Indian journal of veterinary science and animal husbandry - Volumes 28-29, 1958-1959
Year: 1958
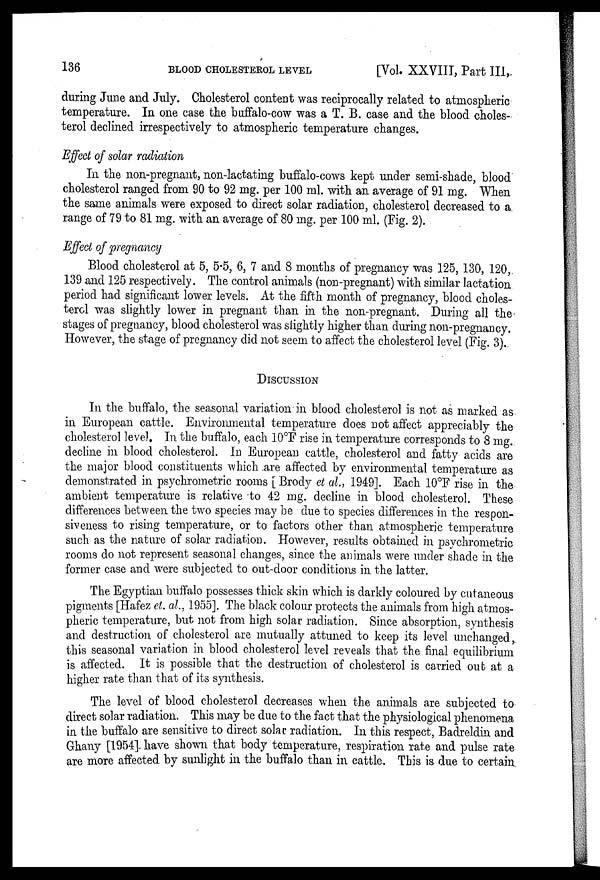
136
BLOOD
CHOLESTROL
LEVEL
[Vol. XXVIII, Part III,
during June and July. Cholesterol content was reciprocally related to atmospheric
temperature. In one case the buffalo-cow was a T. B. case and the blood choles-
terol declined irrespectively to atmospheric temperature changes.
Effect of solar radiation
In the non-pregnant, non-lactating buffalo-cows kept under semi-shade, blood
cholesterol ranged from 90 to 92 mg. per 100 ml. with an average of 91 mg. When
the same animals were exposed to direct solar radiation, cholesterol decreased to a
range of 79 to 81 mg. with an average of 80 mg. per 100 ml. (Fig. 2).
Effect of pregnancy
Blood cholesterol at 5, 5.5, 6, 7 and 8 months of pregnancy was 125, 130, 120,
139 and 125 respectively. The control animals (non-pregnant) with similar lactation
period had significant lower levels. At the fifth month of pregnancy, blood choles-
terol was slightly lower in pregnant than in the non-pregnant. During all the
stages of pregnancy, blood cholesterol was slightly higher than during non-pregnancy.
However, the stage of pregnancy did not seem to affect the cholesterol level (Fig. 3).
DISCUSSION
In the buffalo, the seasonal variation in blood cholesterol is not as marked as
in European cattle. Environmental temperature does not affect appreciably the
cholesterol level. In the buffalo, each 10°F rise in temperature corresponds to 8 mg.
decline in blood cholesterol. In European cattle, cholesterol and fatty acids are
the major blood constituents which are affected by environmental temperature as
demonstrated in psychrometric rooms [Brody et al., 1949]. Each 10°F rise in the
ambient temperature is relative to 42 mg. decline in blood cholesterol. These
differences between the two species may be due to species differences in the respon-
siveness to rising temperature, or to factors other than atmospheric temperature
such as the nature of solar radiation. However, results obtained in psychrometric
rooms do not represent seasonal changes, since the animals were under shade in the
former case and were subjected to out-door conditions in the latter.
The Egyptian buffalo possesses thick skin which is darkly coloured by cutaneous
pigments [Hafez et. al., 1955]. The black colour protects the animals from high atmos-
pheric temperature, but not from high solar radiation. Since absorption, synthesis
and destruction of cholesterol are mutually attuned to keep its level unchanged,
this seasonal variation in blood cholesterol level reveals that the final equilibrium
is affected. It is possible that the destruction of cholesterol is carried out at a
higher rate than that of its synthesis.
The level of blood cholesterol decreases when the animals are subjected to
direct solar radiation. This may be due to the fact that the physiological phenomena
in the buffalo are sensitive to direct solar radiation. In this respect, Badreldin and
Ghany [1954] have shown that body temperature, respiration rate and pulse rate
are more affected by sunlight in the buffalo than in cattle. This is due to certain